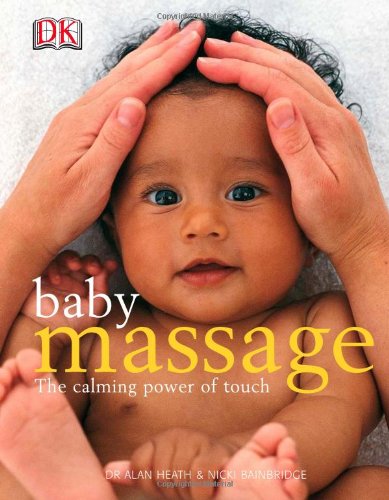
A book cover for Baby Massage: The Calming Power of Touch; Alan Heath; Health, Fitness & Dieting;